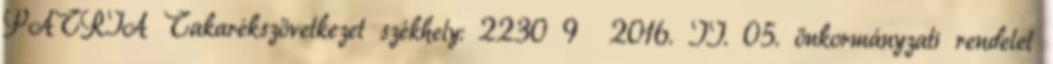
PÁTRIA Takarékszövetkezet székhely: 2230 9 2016. II. 05. önkormányzati rendelet